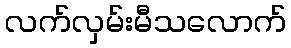
လက်လှမ်းမီသလောက်